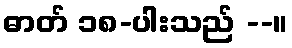
ဓာတ် ၁၈-ပါးသည် --။